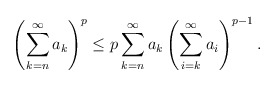
\begin{align*} \left ( \sum^{\infty}_{k=n}a_k\right )^p \leq p\sum^{\infty}_{k=n}a_k\left ( \sum^{\infty}_{i=k} a_i\right )^{p-1}.\end{align*}